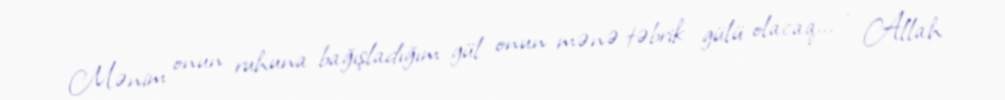
Mənim onun ruhuna bağışladığım gül onun mənə təbrik gülü olacaq... - Allah